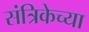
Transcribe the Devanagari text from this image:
संत्रिकेच्या